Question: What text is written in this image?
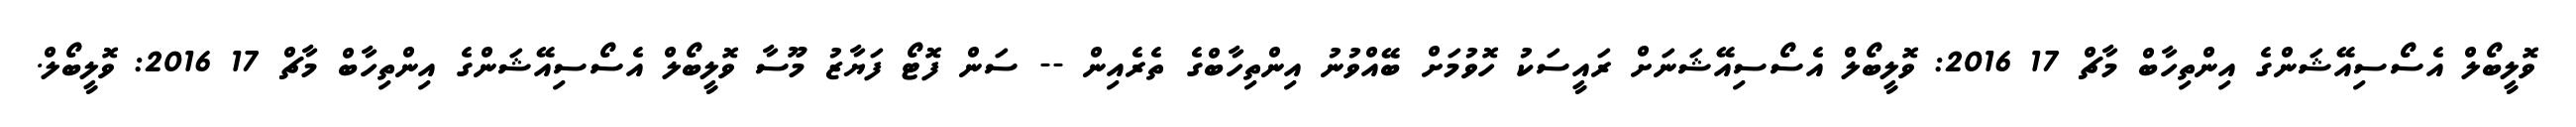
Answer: ވޮލީބޯލް އެސޯސިއޭޝަންގެ އިންތިހާބް މާޗް 17 2016: ވޮލީބޯލް އެސޯސިއޭޝަނަށް ރައީސަކު ހޮވުމަށް ބޭއްވުނު އިންތިހާބްގެ ތެރެއިން -- ސަން ފޮޓޯ ފަޔާޒު މޫސާ ވޮލީބޯލް އެސޯސިއޭޝަންގެ އިންތިހާބް މާޗް 17 2016: ވޮލީބޯލް.